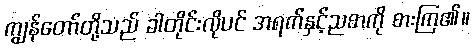
ကျွန်တော်တို့သည် ခါတိုင်းလိုပင် အရက်နှင့်ညစာကို စားကြ၏။